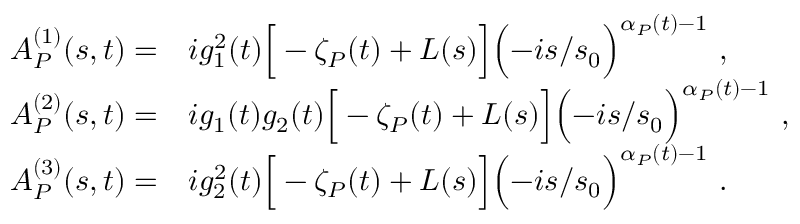
\begin{array} { l l l } { { A _ { \cal P } ^ { ( 1 ) } ( s , t ) = } } & { { i g _ { 1 } ^ { 2 } ( t ) \Big [ - \zeta _ { \cal P } ( t ) + L ( s ) \Big ] \Bigl ( - i s / s _ { 0 } \Bigr ) ^ { \alpha _ { \cal P } ( t ) - 1 } \ , } } \\ { { A _ { \cal P } ^ { ( 2 ) } ( s , t ) = } } & { { i g _ { 1 } ( t ) g _ { 2 } ( t ) \Big [ - \zeta _ { \cal P } ( t ) + L ( s ) \Big ] \Bigl ( - i s / s _ { 0 } \Bigr ) ^ { \alpha _ { \cal P } ( t ) - 1 } \ , } } \\ { { A _ { \cal P } ^ { ( 3 ) } ( s , t ) = } } & { { i g _ { 2 } ^ { 2 } ( t ) \Big [ - \zeta _ { \cal P } ( t ) + L ( s ) \Big ] \Bigl ( - i s / s _ { 0 } \Bigr ) ^ { \alpha _ { \cal P } ( t ) - 1 } \ . } } \end{array}